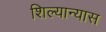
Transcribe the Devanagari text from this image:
शिल्यान्यास